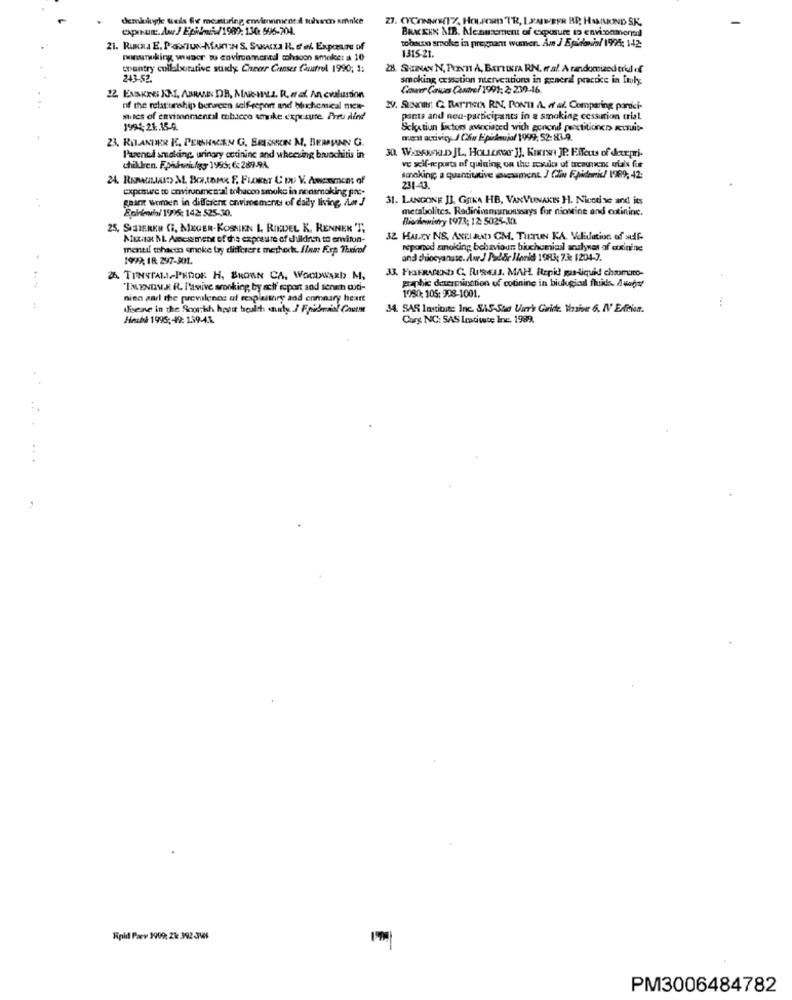
demlukyle Gels five meattiring erwienment A tuhen sminke
Z7. CYCONNES(17, How.Fem TR, LEARER HP, HAMMOND SK.
exposure. Av.J Epilowi./1989; 130 596-704.
BRACKEN MB. Menusement of compusure to envioamond
tobuon smoke in pregnant wumer. Am J Epidavis/ 1994: 142
21. Ruxna E. PaxiUN-MARTIN S. SwKa R. of'el. Exposure of
1315-21.
ponunoking wwwaor wu environmentd cohsoon smoke: a 10
wantry collaborative suiy Cheer Cases Caufrel 1990; 1:
28. SHEUN N, PONNI A, BATTISTA RN. Fr.a !. A randomized trul of
243-52.
smoking cessation nterventions in general practke in Italy
Caner Caves Cadre/ 1991: 2: 239-46.
22 ENSKES INT, ABRALE DR, MAR-HILL. R. A al. An evaluation
of the relationship berween self-report and bluchemical nice-
2V. Sunnit: Q2 BATTISTA RN. PONTI A. et al. Comparing paroci-
miles of environmental chicco smoke exposure. Por Alled
pants and neu-participants in a smoking cessation crial.
1994;21.15-9
Seletiun factors avicciated with ecnonil pecttitres strip-
23, RILANDER IE, PERSHACEN G. ERIKSSON M. BERASINN G
must activicy. J Ców Epidemiol 1999: 52:83.9.
30. WANNAHOLD JL, HouLemos ]], KiKrw JP. Effects of derpri-
I'venul smoking, urinary ecrininc and wheezing bruochitis in
chillen. Fphdwilgy 1995; 6: 289-93.
ve self-reports of quining on the results of tacaunns uials fue
sonoking a quantiutive oscssment J Clin Epidemic/ 1989, 42:
exposure to environmental tohacon smoke in nonsmoking prt-
231-43.
paint women in different crwvirements of daily living, Am J
31. LANGONE JJ, GUTKA HB, VARVUNAKIS H. Nicotine and its
Eninienwho/ 19915: 142: 525-30.
metabolites. Radinimmunoassays for niostine and extininc.
Bischowiwry 1973; 12 5025-30
25. SISIEREN CI, MEGER-KOSSIEN L. RIEDEL K. RENNER 'T,
Muzik M. Assessment of the exposure of children to enviton-
32 HALEY NS, ANKLAUND CM. TILTUN KA. Validation of auf-
mentil mhacen smoke by differere methoch. finn Frp Tricol
reponod amaking behaviour biuchemical analyses of auxinine
1999, IR: 297-301.
and chiocyansse. AwJ Dubde Honid 1983; 73: 1204-7.
33. FraFRATEND C. PUISELs. MAH. ItEpi gas-liquid chsomno-
26. TUNSTALL-PRDOE H. ENDAN CA. WOODWARD M.
IMENOV.A. R. Pasive sonking, by soif roport and senach with-
graphic darciminttion of cotinine in biological fluids. Audst
nien aad the prevalence of texplaitary and enmaury heart
1950: 105: 998-1001.
tiene in the Scorrish host health study / Finais! Chute
34. SAS Institute Inc. SAS-Sad Uirr' Grride. Vesier 6. IV Edition.
Hecht 1995; - 49: 139-4.3.
Cory NC: SAS Iratiwte Inc. 1989.
..
Epid Parv 1909: 21: 392-348
PM3006484782